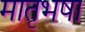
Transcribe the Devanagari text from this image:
मातृभषा